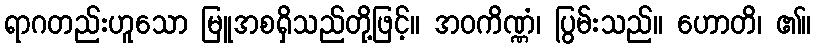
ရာဂတည်းဟူသော မြူအစရှိသည်တို့ဖြင့်။ အဝကိဏ္ဏံ၊ ပြွမ်းသည်။ ဟောတိ၊ ၏။